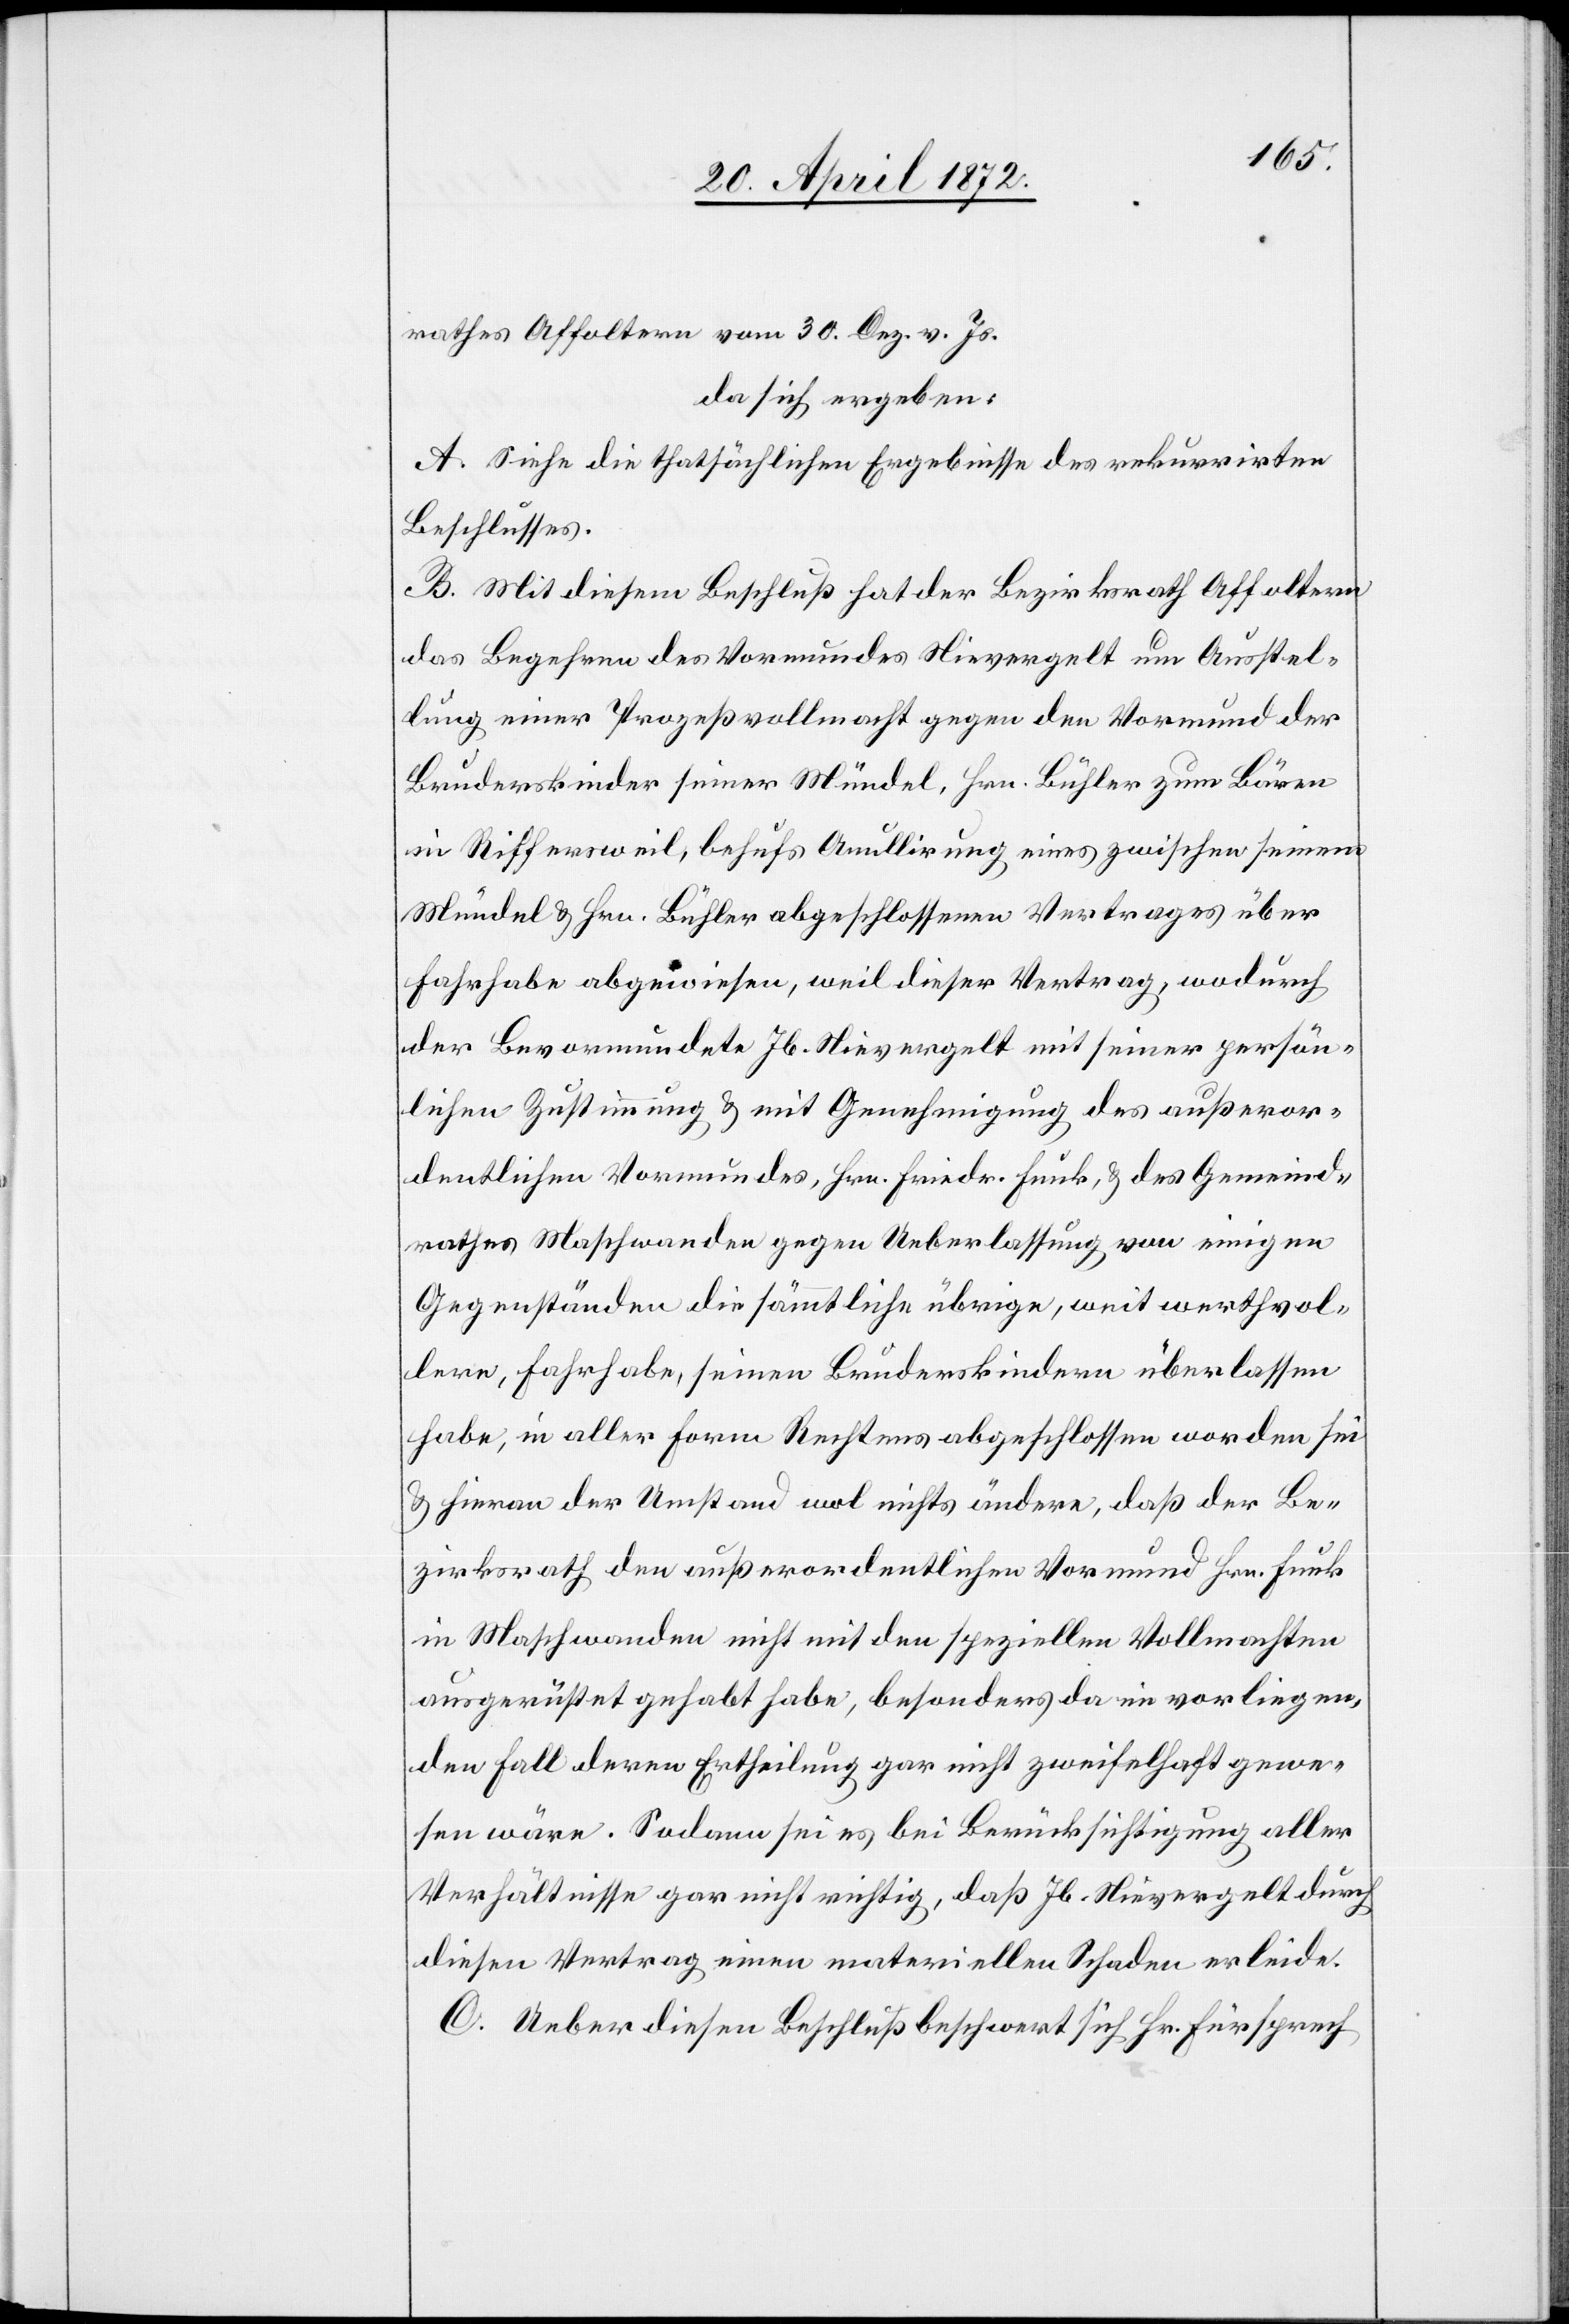
rathes Affoltern vom 30. Dez. v. Js.
da sich ergeben:
A. Siehe die faktischen Ergebnisse des rekurrirten
Beschlusses.
B. Mit diesem Beschluß hat der Bezirksrath Affoltern
das Begehren des Vormundes Nievergelt um Ausstel¬
lung einer Prozeßvollmacht gegen den Vormund der
Bruderskinder seiner Mündel, Hrn. Bühler zum Bären
in Riffersweil, behufs Anullirung eines zwischen seinem
Mündel u. Hrn. Bühler abgeschlossenen Vertrages über
Fahrhabe abgewiesen, weil dieser Vertrag, wodurch
der Bevormundete Jb. Nievergelt mit seiner persön¬
lichen Zustimmung u. mit Genehmigung des außeror¬
dentlichen Vormundes, Hrn. Friedr. Funk, u. des Gemeind¬
rathes Maschwanden gegen Ueberlassung von einigen
Gegenständen die sämmtliche übrige, weit werthvol¬
lere, Fahrhabe, seinen Bruderskindern überlassen
habe, in aller Form Rechtens abgeschlossen worden sei
u. hieran der Umstand wol nichts ändere, das der Be¬
zirksrath den außerordentlichen Vormund Hrn. Funk
in Maschwanden nicht mit den speziellen Vollmachten
ausgerüstet gehabt habe, besonders da im vorliegen¬
den Fall deren Ertheilung gar nicht zweifelhaft gewe¬
sen wäre. Sodann sei es bei Berücksichtigung aller
Verhältnisse gar nicht richtig, daß Jb. Nievergelt durch
diesen Vertrag einen materiellen Schaden erleide.
C. Ueber diesen Beschluß beschwert sich Hr. Fürsprech